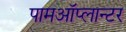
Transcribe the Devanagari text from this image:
पामऑप्लान्टर